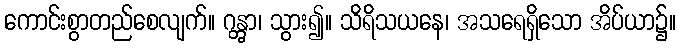
ကောင်းစွာတည်စေလျက်။ ဂန္တွာ၊ သွား၍။ သိရိသယနေ၊ အသရေရှိသော အိပ်ယာ၌။